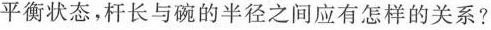
平衡状态，杆长与碗的半径之间应有怎样的关系?